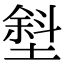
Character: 㙦